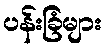
ပန်းခြံများ